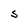
Character: S